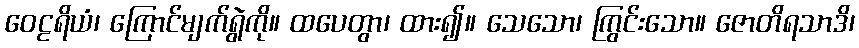
ဝေဠရိယံ၊ ကြောင်မျက်ရွဲကို။ ထပေတွာ၊ ထား၍။ သေသော၊ ကြွင်းသော။ ဇောတိရသာဒိ၊